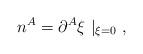
LaTeX: \begin{align*}n^A = \partial^A \xi ~|_{\xi = 0} ~,\end{align*}